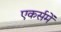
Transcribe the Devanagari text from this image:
एकर्समें